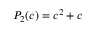
P _ { 2 } ( c ) = c ^ { 2 } + c